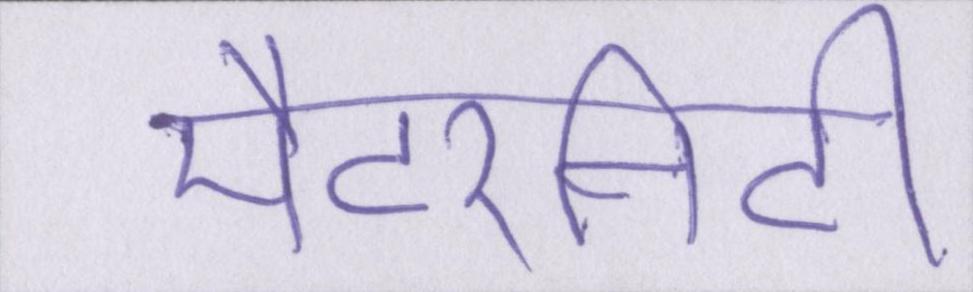
मैटरनिटी